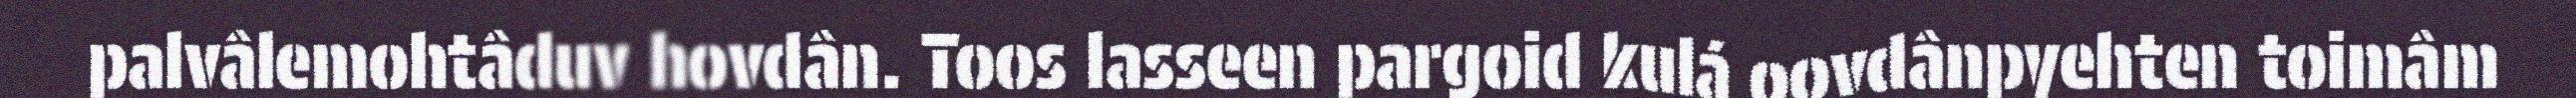
palvâlemohtâduv hovdân. Toos lasseen pargoid kulá oovdânpyehten toimâm